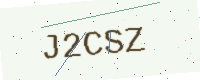
Text: J2CSZ